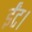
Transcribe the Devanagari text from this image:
ईंट।